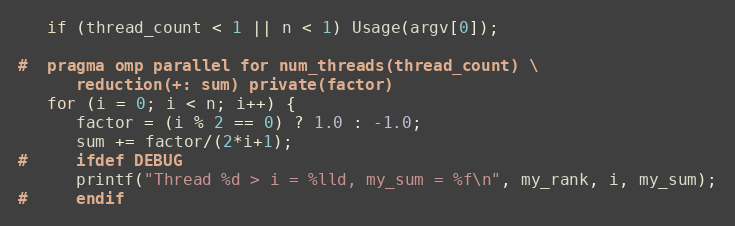
Language: C
   if (thread_count < 1 || n < 1) Usage(argv[0]);

#  pragma omp parallel for num_threads(thread_count) \
      reduction(+: sum) private(factor)
   for (i = 0; i < n; i++) {
      factor = (i % 2 == 0) ? 1.0 : -1.0;
      sum += factor/(2*i+1);
#     ifdef DEBUG
      printf("Thread %d > i = %lld, my_sum = %f\n", my_rank, i, my_sum);
#     endif